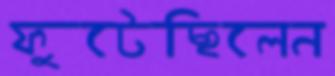
ফুটেছিলেন